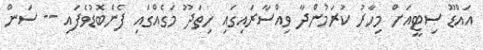
އައްޑޫ ސިޓީއަށް މިހާރު ކުރަމުންދާ ވިއްސާރައިގައި ހިތަދޫ މަގެއްގައި ފެންބޮޑުވެފައި -- ސަން